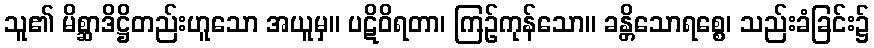
သူ၏ မိစ္ဆာဒိဋ္ဌိတည်းဟူသော အယူမှ။ ပဋိဝိရတာ၊ ကြဉ်ကုန်သော။ ခန္တိသောရစ္စေ၊ သည်းခံခြင်း၌